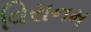
વિરાનમ